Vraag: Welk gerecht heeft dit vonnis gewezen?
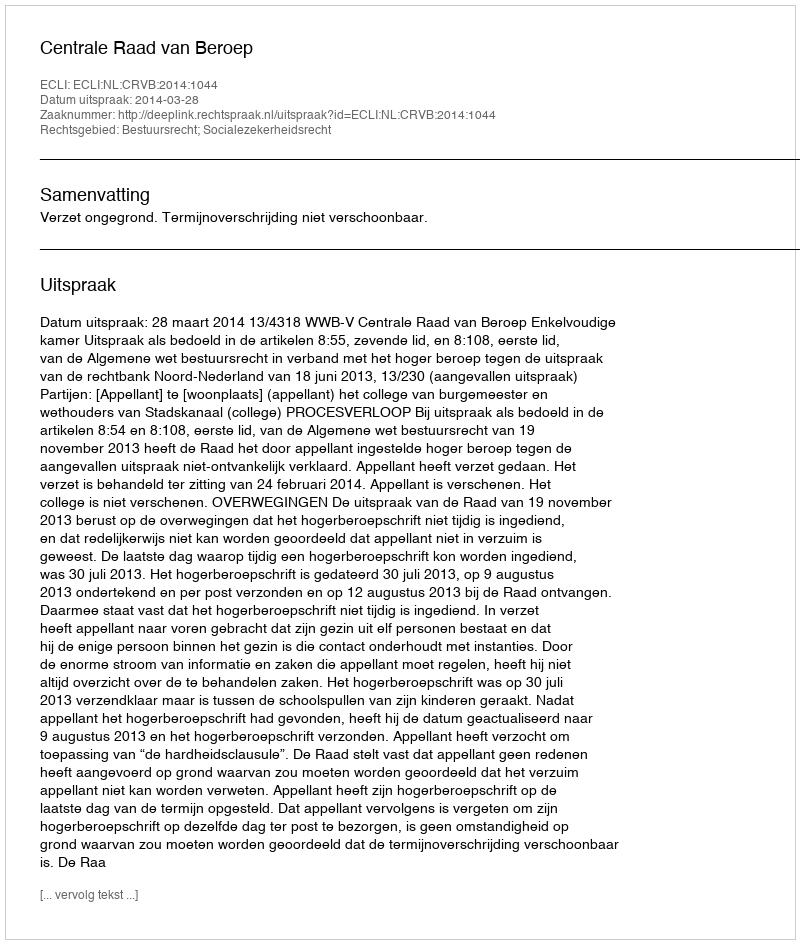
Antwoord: Centrale Raad van Beroep